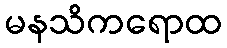
မနသိကရောထ